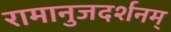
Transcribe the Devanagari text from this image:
रामानुजदर्शनम्